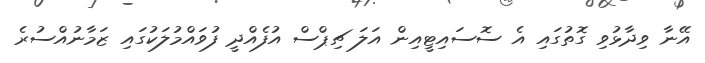
އޭނާ ވިދާޅުވި ގޮތުގައި އެ ސޮސައިޓީއިން އަލަ ޗިޕްސް އުފެއްދީ ފުވައްމުލަކުގައި ޒަމާނުއްސުރެ